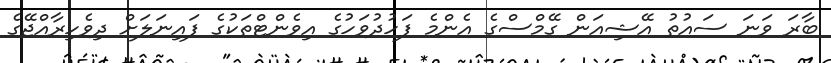
ބާރަ ވަނަ ސައުތު އޭޝިއަން ގޭމްސްގެ އެންމެ ފަހުދުވަހުގެ އިވެންޓްތަކުގެ ފައިނަލަށް ދިވެހިރާއްޖޭގެ